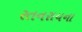
રતનરાયના